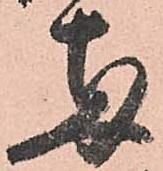
両